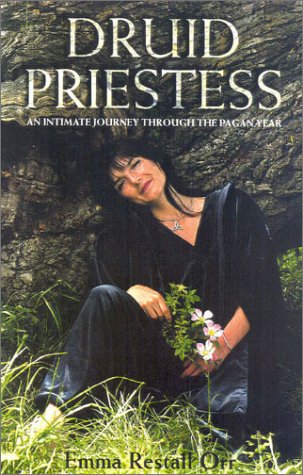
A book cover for Druid Priestess, New Edition; Emma Restall Orr; Religion & Spirituality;